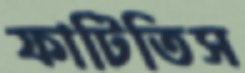
ফাটিতিস